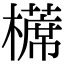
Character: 𣝸